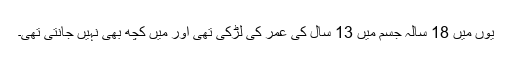
یوں میں 18 سالہ جسم میں 13 سال کی عمر کی لڑکی تھی اور میں کچھ بھی نہیں جانتی تھی۔